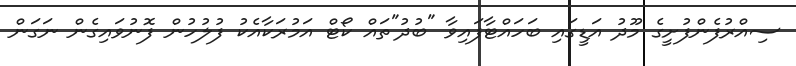
ސިއްރުފެންފުށީގެ މޫދު އަޑީގައި ބަހައްޓާފައިވާ "ބުދު"ތައް ކޯޓް އަމުރަކާއެކު ފުލުހުން ފޮނުވައިގެން ނަގަން